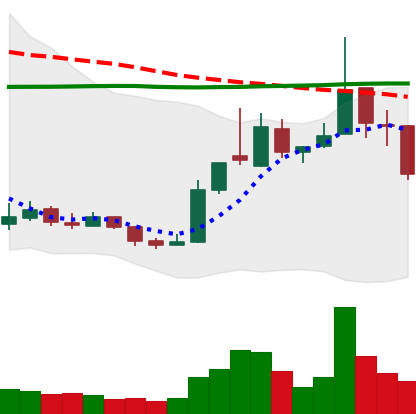
Ticker: XRP-USD
Chart end date: 2018-12-27
Forward return: 6.92%
Label: up_5_7